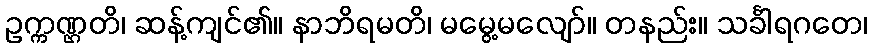
ဥက္ကဏ္ဌတိ၊ ဆန့်ကျင်၏။ နာဘိရမတိ၊ မမွေ့မလျော်။ တနည်း။ သင်္ခါရဂတေ၊